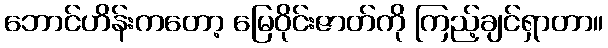
ဘောင်ဟိန်းကတော့ မြေဝိုင်းဇာတ်ကို ကြည့်ချင်ရှာတာ။